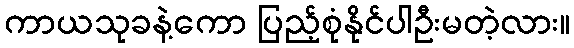
ကာယသုခနဲ့ကော ပြည့်စုံနိုင်ပါဦးမတဲ့လား။